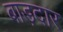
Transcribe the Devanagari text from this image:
बाड़दार